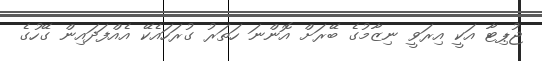
ޖުޕިޓާ އަކީ އިރަވީ ނިޒާމުގެ ބޭރަށް އޮންނަ ހަތަރު ގުރަހައެކޭ އެއްފަދައިން ގޭހުގެ